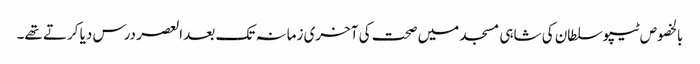
بالخصوص ٹیپوسلطان کی شاہی مسجد میں صحت کی آخری زمانہ تک بعد العصر درس دیا کرتے تھے۔